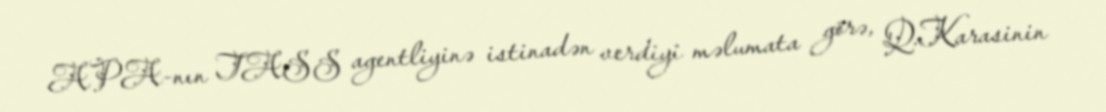
APA-nın TASS agentliyinə istinadən verdiyi məlumata görə, Q.Karasinin